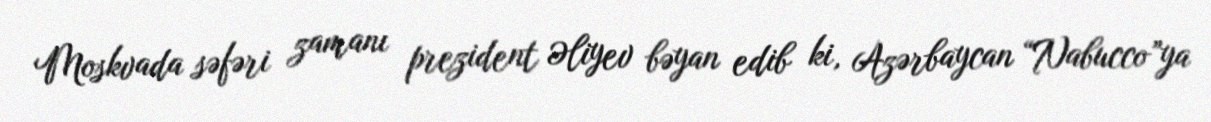
Moskvada səfəri zamanı prezident Əliyev bəyan edib ki, Azərbaycan “Nabucco”ya